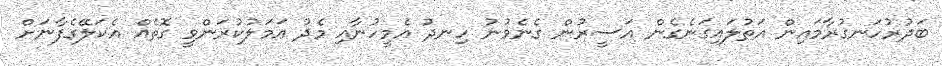
ބަދުރުހަނގުރާމައިން އަތުލައިގަނެގެން އަސީރުން ގެނެވުނު ހިނދު އެމީހުނާއި މެދު ޢަމަލުކުރަންވީ ގޮތެއް އެކަލޭގެފާނަށް